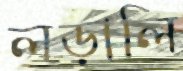
লড়ালি